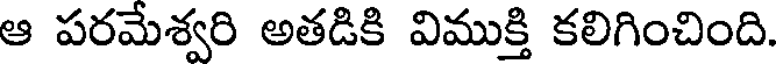
ఆ పరమేశ్వరి అతడికి విముక్తి కలిగించింది.